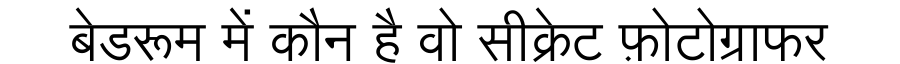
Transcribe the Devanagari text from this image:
बेडरूम में कौन है वो सीक्रेट फ़ोटोग्राफर